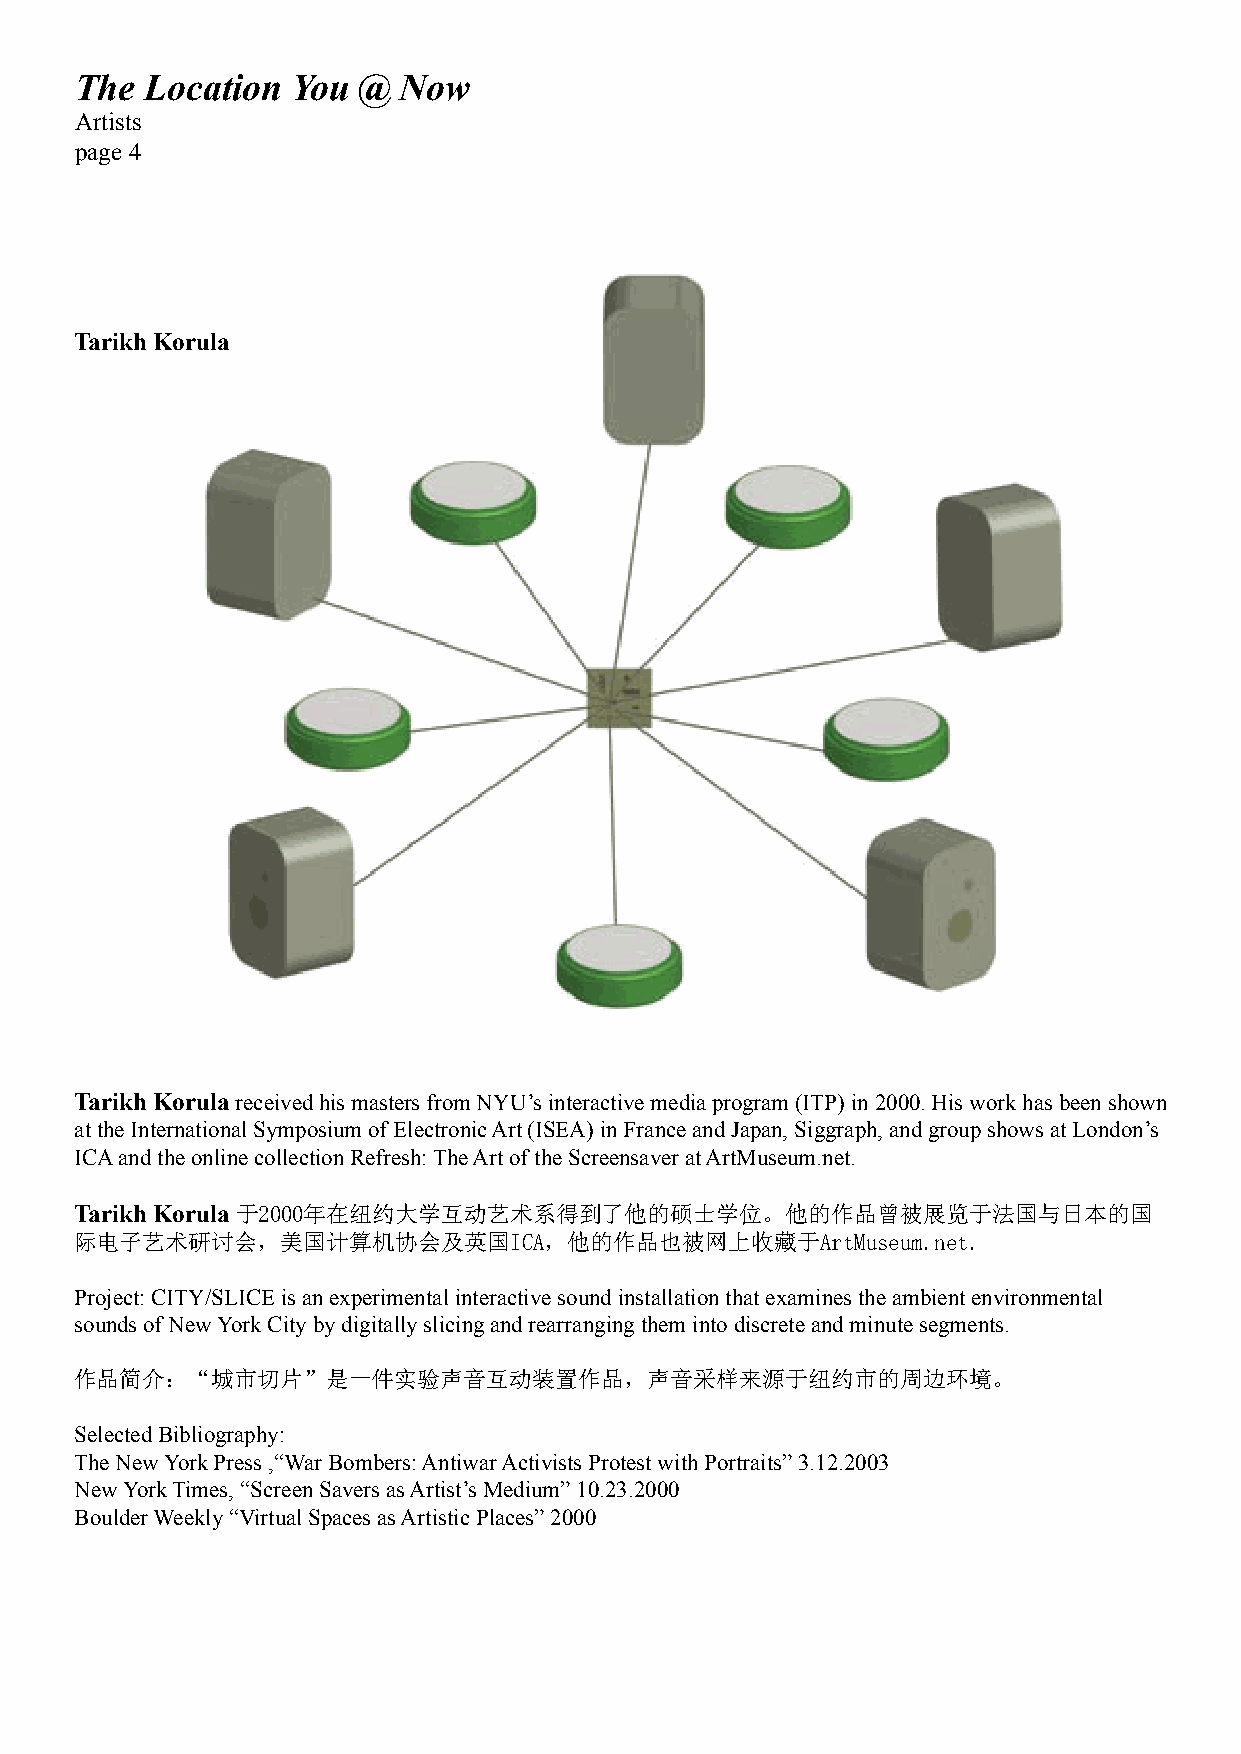
The  Location You  @ Now
 Artists
 page 4
 Tarikh Korula
 Tarikh Korula received his masters from NYU’s interactive media program (ITP) in 2000. His work has been shown
 at the International Symposium of Electronic Art (ISEA) in France and Japan, Siggraph, and group shows at London’s
 ICA and the online collection Refresh: The Art of the Screensaver at ArtMuseum.net.
 Tarikh Korula 于2000年在纽约大学互动艺术系得到了他的硕士学位。他的作品曾被展览于法国与日本的国
 际电子艺术研讨会，美国计算机协会及英国ICA，他的作品也被网上收藏于ArtMuseum.net.
 Project: CITY/SLICE is an experimental interactive sound installation that examines the ambient environmental
 sounds of New York City by digitally slicing and rearranging them into discrete and minute segments.
 作品简介：“城市切片”是一件实验声音互动装置作品，声音采样来源于纽约市的周边环境。
 Selected Bibliography:
 The New York Press ,“War Bombers: Antiwar Activists Protest with Portraits” 3.12.2003
 New York Times, “Screen Savers as Artist’s Medium” 10.23.2000
 Boulder Weekly “Virtual Spaces as Artistic Places” 2000